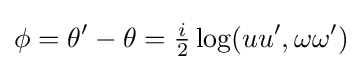
\phi =\theta '-\theta ={\tfrac {i}{2}}\log(uu',\omega \omega ')